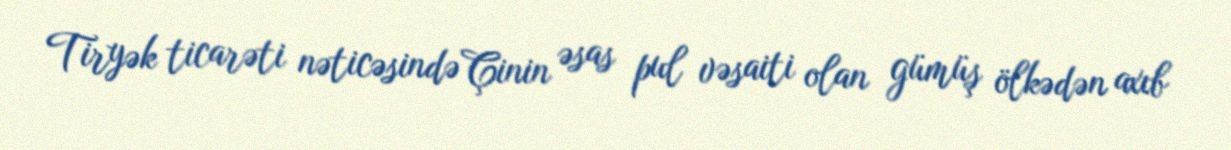
Tiryək ticarəti nəticəsində Çinin əsas pul vəsaiti olan gümüş ölkədən axıb